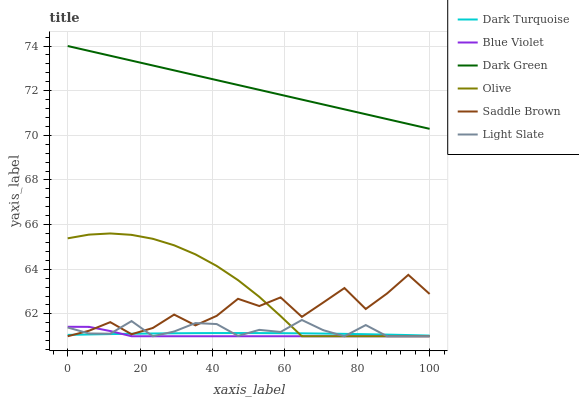
| xaxis_label | Dark Turquoise | Blue Violet | Dark Green | Olive | Saddle Brown | Light Slate |
 | --- | --- | --- | --- | --- | --- | --- |
 | 0 | 61.1 | 61.4 | 74 | 65.4 | 61 | 61.4 |
 | 5.88 | 61.1 | 61.4 | 73.8 | 65.6 | 61.2 | 61.1 |
 | 11.8 | 61.1 | 61.2 | 73.6 | 65.6 | 61.6 | 61.1 |
 | 17.6 | 61.1 | 61 | 73.3 | 65.5 | 61.1 | 61.7 |
 | 23.5 | 61.1 | 61 | 73.1 | 65.4 | 61.4 | 61 |
 | 29.4 | 61.1 | 61 | 72.9 | 65.1 | 62 | 61.2 |
 | 35.3 | 61.1 | 61 | 72.7 | 64.7 | 61.5 | 61.6 |
 | 41.2 | 61.1 | 61 | 72.5 | 64.1 | 61.9 | 61.5 |
 | 47.1 | 61.1 | 61 | 72.3 | 63.5 | 62.7 | 61 |
 | 52.9 | 61.1 | 61 | 72 | 62.8 | 62.4 | 61.3 |
 | 58.8 | 61.1 | 61 | 71.8 | 61.9 | 62.7 | 61.2 |
 | 64.7 | 61.1 | 61 | 71.6 | 61 | 61.9 | 61.7 |
 | 70.6 | 61.1 | 61 | 71.4 | 61 | 62.5 | 61.3 |
 | 76.5 | 61.1 | 61 | 71.2 | 61 | 63.2 | 61 |
 | 82.4 | 61.1 | 61 | 70.9 | 61 | 62.2 | 61.5 |
 | 88.2 | 61.1 | 61 | 70.7 | 61 | 62.9 | 61 |
 | 94.1 | 61.1 | 61 | 70.5 | 61 | 63.8 | 61 |
 | 100 | 61 | 61 | 70.3 | 61 | 62.9 | 61 |